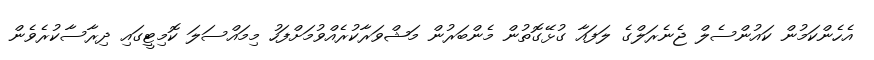
އެހެންކަމުން ކައުންސެލް ޖެނެރަލްގެ ލަފައާ ގުޅޭގޮތުން މެންބަރުން މަޝްވަރާކުރެއްވުމަށްފަހު މިމައްސަލަ ކޮމިޓީގައި ދިރާސާކުރެވެން